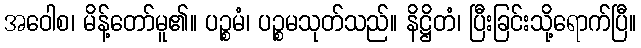
အဝေါစ၊ မိန့်တော်မူ၏။ ပဉ္စမံ၊ ပဉ္စမသုတ်သည်။ နိဋ္ဌိတံ၊ ပြီးခြင်းသို့ရောက်ပြီ။